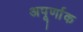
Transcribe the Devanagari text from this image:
अपूर्णाक